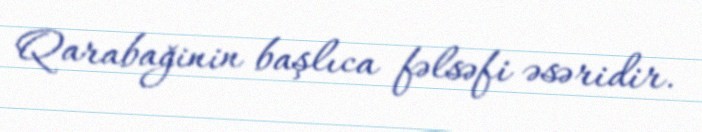
Qarabağinin başlıca fəlsəfi əsəridir.